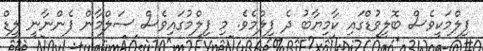
ފިލްމަކީވެސް ބޮލީވުޑްގައި ކާމިޔާބު ދެ ފިލްމެވެ. މި ފިލްމުގައިވެސް ސަލްމާން ފެންނާނީ ލީޑް